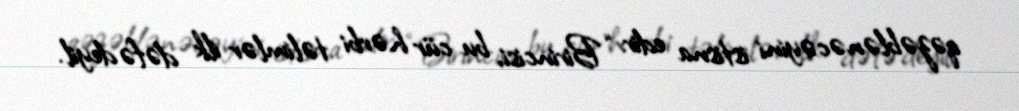
qəzəblənəcəyini istisna edir: “Birincisi, bu cür hərbi təlimlər ilk dəfə deyil.